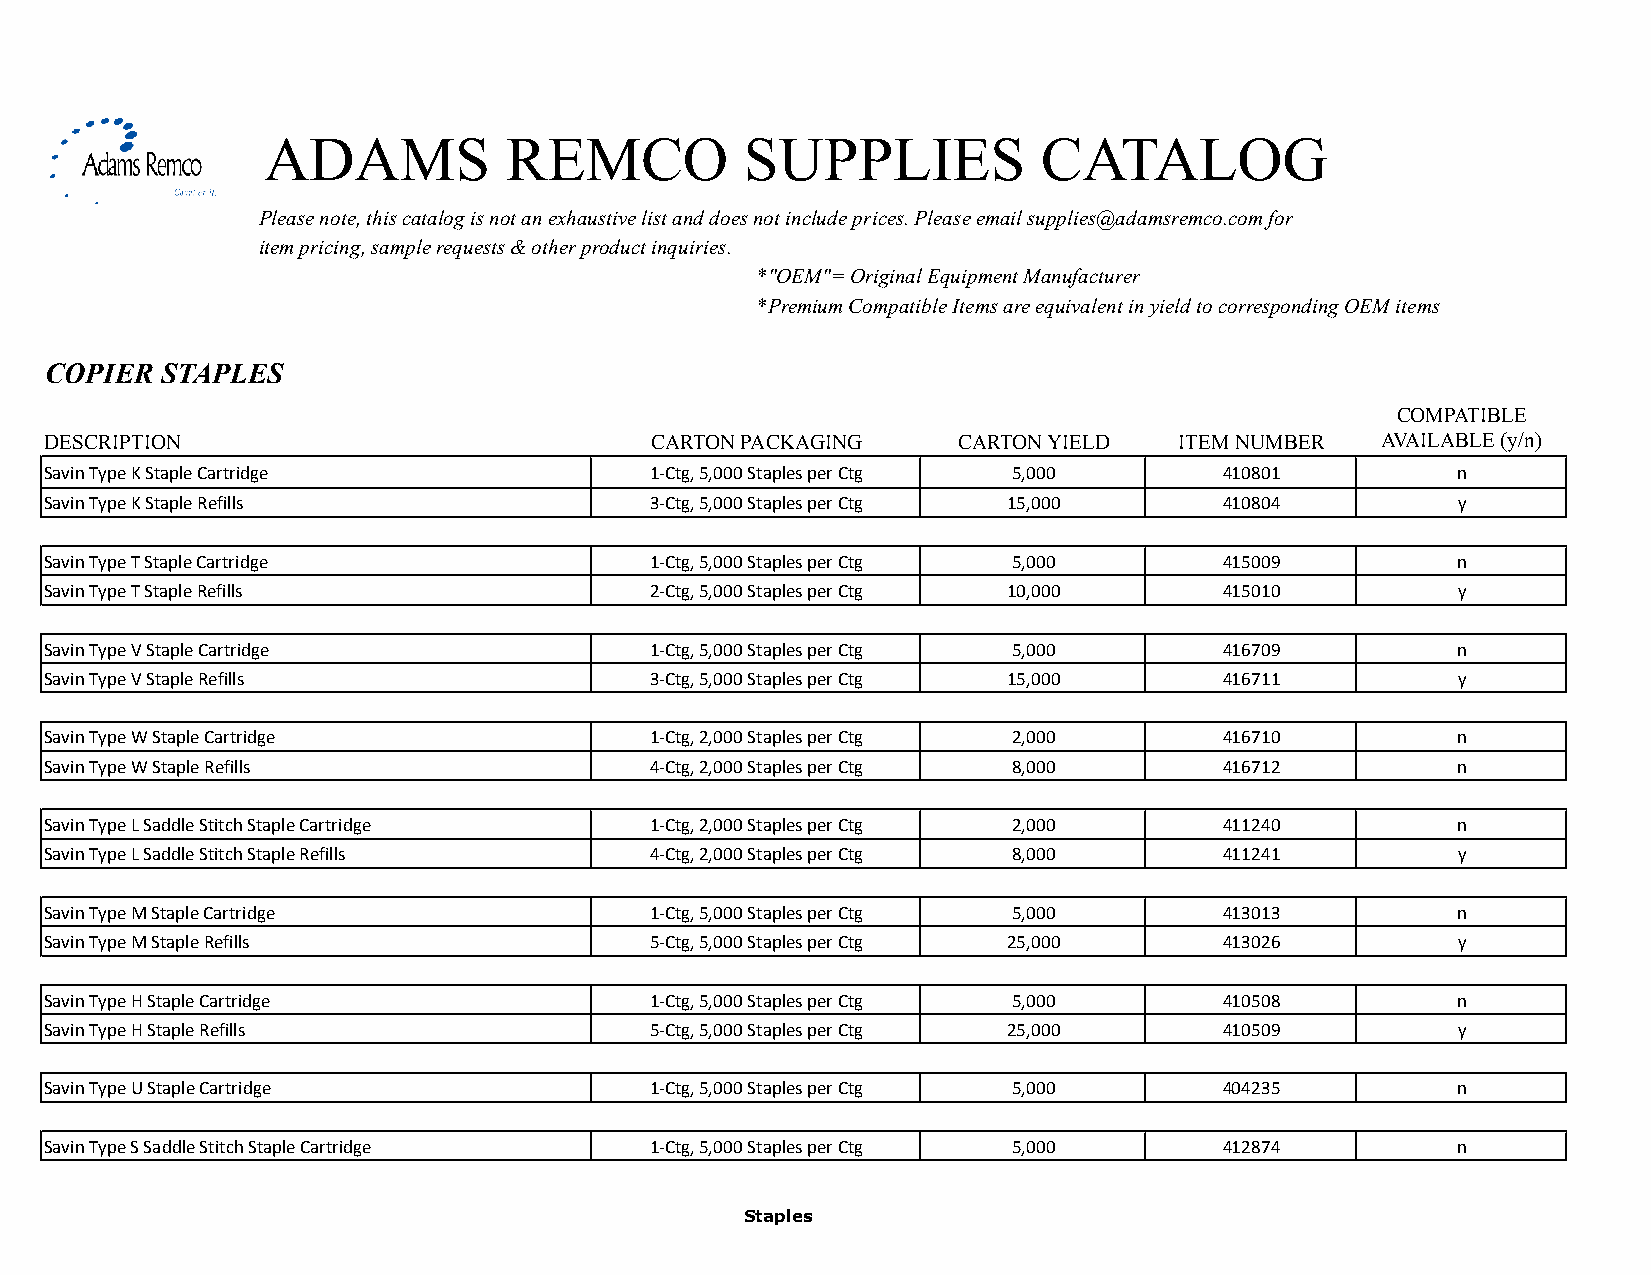
ADAMS           REMCO           SUPPLIES            CATALOG
 Please note, this catalog is not an exhaustive list and does not include prices. Please email supplies@adamsremco.com for
 item pricing, sample requests & other product inquiries.
 *"OEM"= Original Equipment Manufacturer
 *Premium Compatible Items are equivalent in yield to corresponding OEM items
 COPIER  STAPLES
 COMPATIBLE
 DESCRIPTION                             CARTON PACKAGING    CARTON YIELD   ITEM NUMBER  AVAILABLE (y/n)
 Savin Type K Staple Cartridge           1-Ctg, 5,000 Staples per Ctg 5,000    410801         n
 Savin Type K Staple Refills             3-Ctg, 5,000 Staples per Ctg 15,000   410804         y
 Savin Type T Staple Cartridge           1-Ctg, 5,000 Staples per Ctg 5,000    415009         n
 Savin Type T Staple Refills             2-Ctg, 5,000 Staples per Ctg 10,000   415010         y
 Savin Type V Staple Cartridge           1-Ctg, 5,000 Staples per Ctg 5,000    416709         n
 Savin Type V Staple Refills             3-Ctg, 5,000 Staples per Ctg 15,000   416711         y
 Savin Type W Staple Cartridge           1-Ctg, 2,000 Staples per Ctg 2,000    416710         n
 Savin Type W Staple Refills             4-Ctg, 2,000 Staples per Ctg 8,000    416712         n
 Savin Type L Saddle Stitch Staple Cartridge 1-Ctg, 2,000 Staples per Ctg 2,000 411240        n
 Savin Type L Saddle Stitch Staple Refills 4-Ctg, 2,000 Staples per Ctg 8,000  411241         y
 Savin Type M Staple Cartridge           1-Ctg, 5,000 Staples per Ctg 5,000    413013         n
 Savin Type M Staple Refills             5-Ctg, 5,000 Staples per Ctg 25,000   413026         y
 Savin Type H Staple Cartridge           1-Ctg, 5,000 Staples per Ctg 5,000    410508         n
 Savin Type H Staple Refills             5-Ctg, 5,000 Staples per Ctg 25,000   410509         y
 Savin Type U Staple Cartridge           1-Ctg, 5,000 Staples per Ctg 5,000    404235         n
 Savin Type S Saddle Stitch Staple Cartridge 1-Ctg, 5,000 Staples per Ctg 5,000 412874        n
 Staples